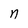
Character: n